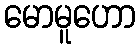
မောမူဟော